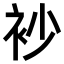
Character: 𧘡